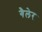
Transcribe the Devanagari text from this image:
गैलेर